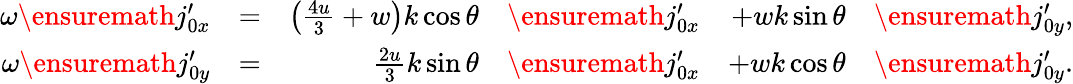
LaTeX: \begin{array}{rlrlrl}{\omega\ensuremath{j_{0x}^{\prime}}}&{=}&{\left(\frac{4u}{3}+w\right)k\cos\theta}&{\ensuremath{j_{0x}^{\prime}}}&{+wk\sin\theta}&{\ensuremath{j_{0y}^{\prime}},}\\ {\omega\ensuremath{j_{0y}^{\prime}}}&{=}&{\frac{2u}{3}k\sin\theta}&{\ensuremath{j_{0x}^{\prime}}}&{+wk\cos\theta}&{\ensuremath{j_{0y}^{\prime}}.}\end{array}